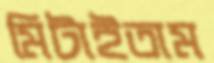
মিটাইতাম